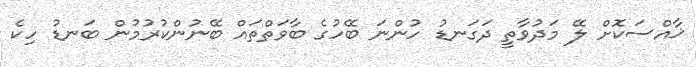
ޚާއްސަކޮށް ލޭ މަދުވާތީ ދަގަނޑު ހުންނަ ބޭހުގެ ބާވަތްތައް ބޭނުންކުރުމުން ބަނޑު ހިކެ